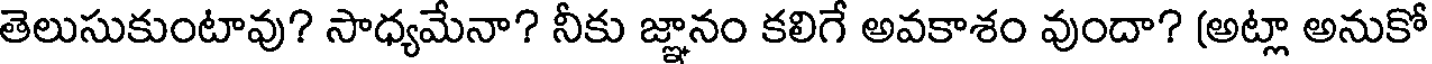
తెలుసుకుంటావు? సాధ్యమేనా? నీకు జ్ఞానం కలిగే అవకాశం వుందా? (అట్లా అనుకో